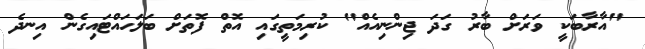
"އާރާބަކީ ވަރަށް ބާރު ގަދަ ޖިންނިއެއް" ކުރިމަތީގައި އޮތް ފޮތަށް ބަލަހައްޓައިގެން އިނދެ